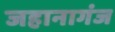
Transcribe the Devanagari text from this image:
जहानागंज